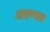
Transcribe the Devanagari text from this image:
नाचण्यास